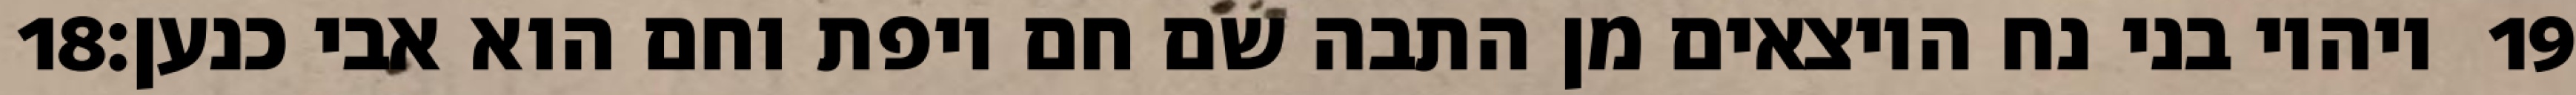
‎18‏ ויהיו בני נח היוצאים מן התבה שם חם ויפת וחם הוא אבי כנען׃ ‎19‏